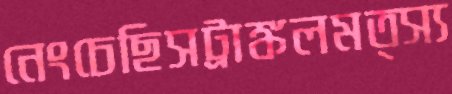
নেংচেছিসট্রাঙ্কলমত্স্য